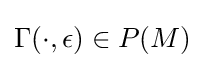
\Gamma (\cdot ,\epsilon )\in P(M)